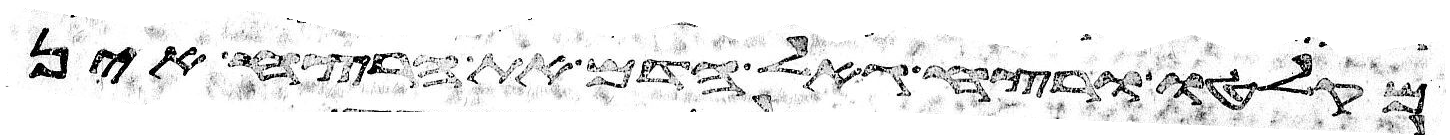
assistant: מקלטו ורצח גאל הדם את הרצח אין